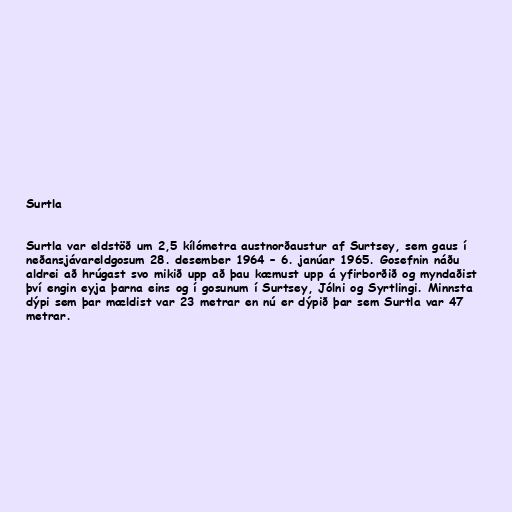
Surtla

Surtla var eldstöð um 2,5 kílómetra austnorðaustur af Surtsey, sem gaus í
neðansjávareldgosum 28. desember 1964 – 6. janúar 1965. Gosefnin náðu
aldrei að hrúgast svo mikið upp að þau kæmust upp á yfirborðið og myndaðist
því engin eyja þarna eins og í gosunum í Surtsey, Jólni og Syrtlingi. Minnsta
dýpi sem þar mældist var 23 metrar en nú er dýpið þar sem Surtla var 47
metrar.